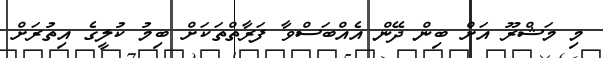
މި މަޝްރޫ އަށް ބިން ދޭން އެއްބަސްވާ ފަރާތްތަކަށް ބިމު ކުލީގެ އިތުރަށް